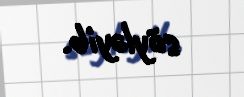
söyləyib.